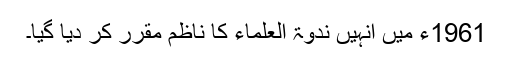
1961ء میں انہیں ندوۃ العلماء کا ناظم مقرر کر دیا گیا۔